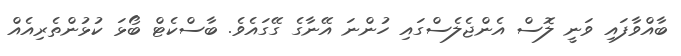
ބާއްވާފައި ވަނީ ލޮސް އެންޖެލެސްގައި ހުންނަ އޭނާގެ ގޭގައެވެ. ބާސްކެޓް ބޯޅަ ކުޅުންތެރިއެއް